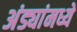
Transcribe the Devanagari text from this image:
अंड्यांमध्ये